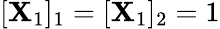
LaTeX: [\mathbf{X}_{1}]_{1}=[\mathbf{X}_{1}]_{2}=1